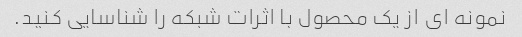
نمونه ای از یک محصول با اثرات شبکه را شناسایی کنید.